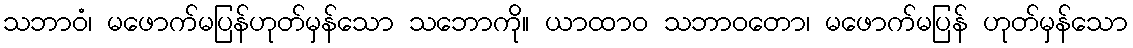
သဘာဝံ၊ မဖောက်မပြန်ဟုတ်မှန်သော သဘောကို။ ယာထာဝ သဘာဝတော၊ မဖောက်မပြန် ဟုတ်မှန်သော